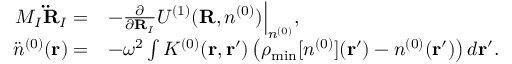
\begin{array} { r l } { M _ { I } { \bf \ddot { R } } _ { I } = } & { - \frac { \partial } { \partial { \bf R } _ { I } } { \cal U } ^ { ( 1 ) } ( { \bf R } , n ^ { ( 0 ) } ) \Big \vert _ { n ^ { ( 0 ) } } , } \\ { { \ddot { n } } ^ { ( 0 ) } ( { \bf r } ) = } & { - \omega ^ { 2 } \int K ^ { ( 0 ) } ( { \bf r , r ^ { \prime } } ) \left( \rho _ { \mathrm { m i n } } [ n ^ { ( 0 ) } ] ( { \bf r ^ { \prime } } ) - n ^ { ( 0 ) } ( { \bf r ^ { \prime } } ) \right) d { \bf r ^ { \prime } } . } \end{array}